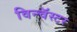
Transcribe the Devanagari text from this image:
विन्चॅस्टर